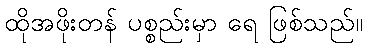
ထိုအဖိုးတန် ပစ္စည်းမှာ ရေ ဖြစ်သည်။